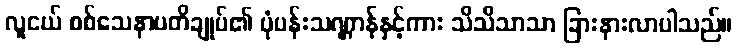
လူငယ် စစ်သေနာပတိချုပ်၏ ပုံပန်းသဏ္ဌာန်နှင့်ကား သိသိသာသာ ခြားနားလာပါသည်။